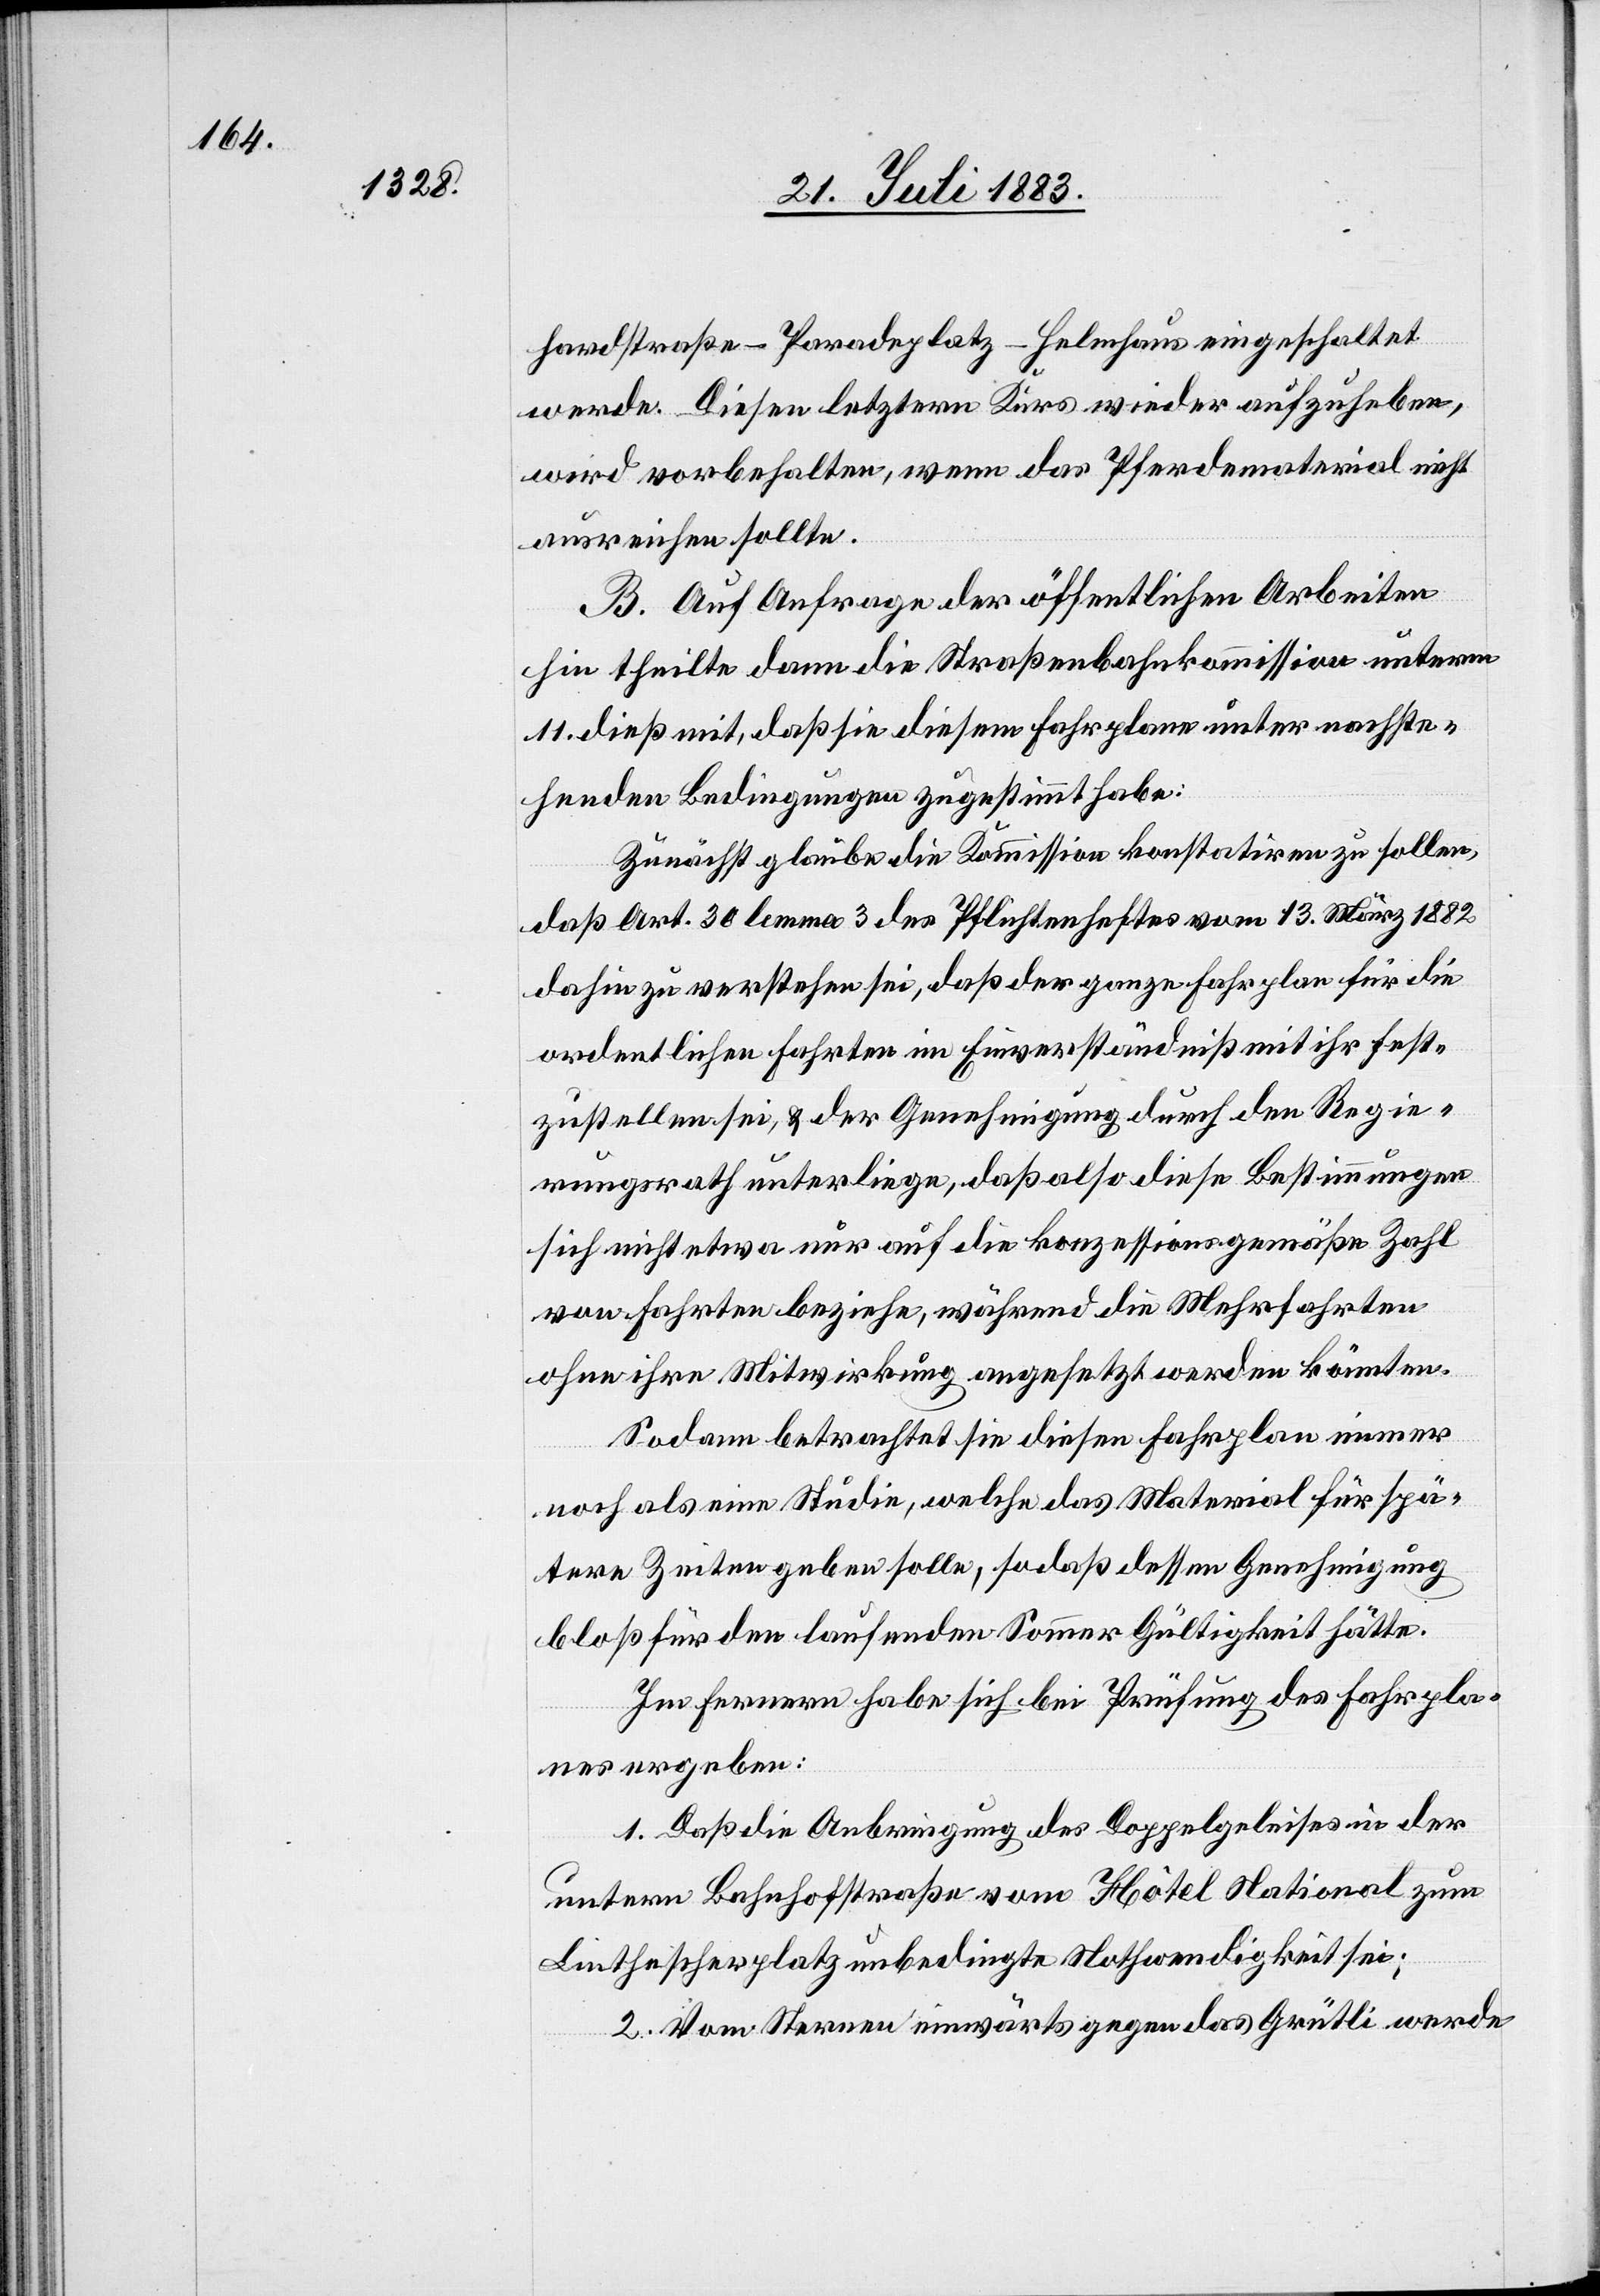
hardstraße–Paradeplatz–Helmhaus eingeschaltet
werde. Diesen letztern Kurs wieder aufzuheben,
wird vorbehalten, wenn das Pferdematerial nicht
ausreichen sollte.
hin theilte dann die Straßenbahnkommission unterm
11. dieß mit, daß sie diesem Fahrplane unter nachste¬
henden Bedingungen zugestimmt habe:
Zunächst glaub die Kommission konstatiren zu sollen,
daß Art. 30 lemma 3 des Pflichtenheftes vom 13. März 1882
dahin zu verstehen sei, daß der ganze Fahrplan für die
ordentlichen Fahrten im Einverständniß mit ihr fest¬
zustellen sei & der Genehmigung durch den Regie¬
rungsrath unterliege, daß also diese Bestimmungen
sich nicht etwa nur auf die konzessionsgemäße Zahl
von Fahrten beziehe, während die Mehrfahrten
ohne ihre Mitwirkung angesetzt werden könnten.
Sodann betrachtet sie diesen Fahrplan immer
noch als eine Studie, welche das Material für spä¬
tere Zeiten geben solle, so daß dessen Genehmigung
bloß für den laufenden Sommer Gültigkeit hätte.
Im Fernern habe sich bei Prüfung des Fahrpla¬
nes ergeben:
1. Daß die Anbringung des Doppelgeleises in der
untern Bahnhofstraße vom Hôtel National zum
Linthescherplatz unbedingte Nothwendigkeit sei;
2. Vom Sternen einwärts gegen das Grütli werde